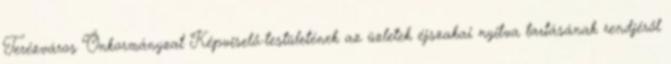
Terézváros Önkormányzat Képviselő-testületének az üzletek éjszakai nyitva tartásának rendjéről